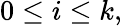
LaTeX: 0\leq i\leq k,